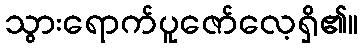
သွားရောက်ပူဇော်လေ့ရှိ၏။